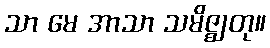
သာ မေ အာသာ သမိဇ္ဈတု။